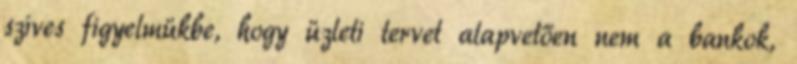
szíves figyelmükbe, hogy üzleti tervet alapvetően nem a bankok,